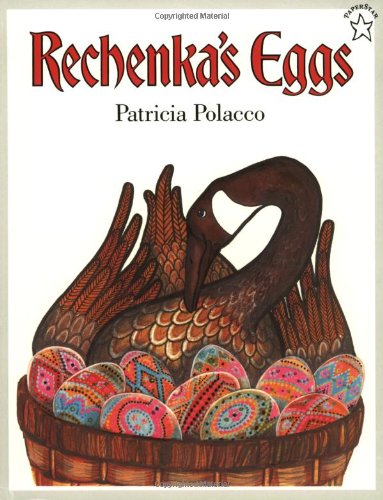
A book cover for Rechenka's Eggs (Paperstar); Patricia Polacco; Children's Books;